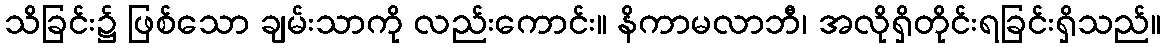
သိခြင်း၌ ဖြစ်သော ချမ်းသာကို လည်းကောင်း။ နိကာမလာဘီ၊ အလိုရှိတိုင်းရခြင်းရှိသည်။